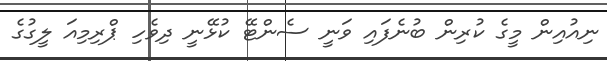
ނިއުއިން މީގެ ކުރިން ބުނެފައި ވަނީ ސެންޓޭ ކުޅޭނީ ދިވެހި ޕްރިމިއަ ލީގުގެ